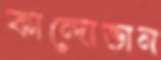
কান্দোভান